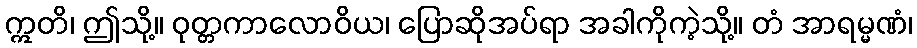
ဣတိ၊ ဤသို့။ ဝုတ္တကာလောဝိယ၊ ပြောဆိုအပ်ရာ အခါကိုကဲ့သို့။ တံ အာရမ္မဏံ၊